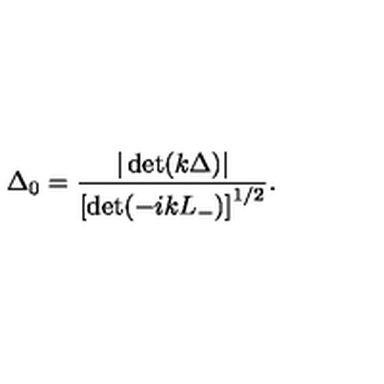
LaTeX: \Delta _ { 0 } = \frac { | \det ( k \Delta ) | } { \left[ \det ( - i k L _ { - } ) \right] ^ { 1 / 2 } } .